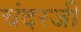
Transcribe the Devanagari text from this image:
चंदरजी